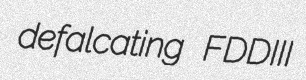
defalcating FDDIII